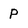
Character: P